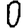
Digit: 0